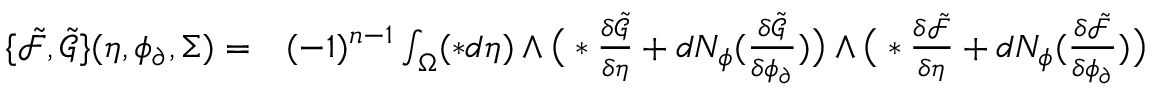
\begin{array} { r l } { \{ \tilde { \mathcal { F } } , \tilde { \mathcal { G } } \} ( \eta , \phi _ { \partial } , \Sigma ) = } & { { } ( - 1 ) ^ { n - 1 } \int _ { \Omega } ( \ast d \eta ) \wedge \big ( \ast \frac { \delta \tilde { \mathcal { G } } } { \delta \eta } + d N _ { \phi } ( \frac { \delta \tilde { \mathcal { G } } } { \delta \phi _ { \partial } } ) \big ) \wedge \big ( \ast \frac { \delta \tilde { \mathcal { F } } } { \delta \eta } + d N _ { \phi } ( \frac { \delta \tilde { \mathcal { F } } } { \delta \phi _ { \partial } } ) \big ) } \end{array}